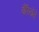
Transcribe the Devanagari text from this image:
वैरियेंते